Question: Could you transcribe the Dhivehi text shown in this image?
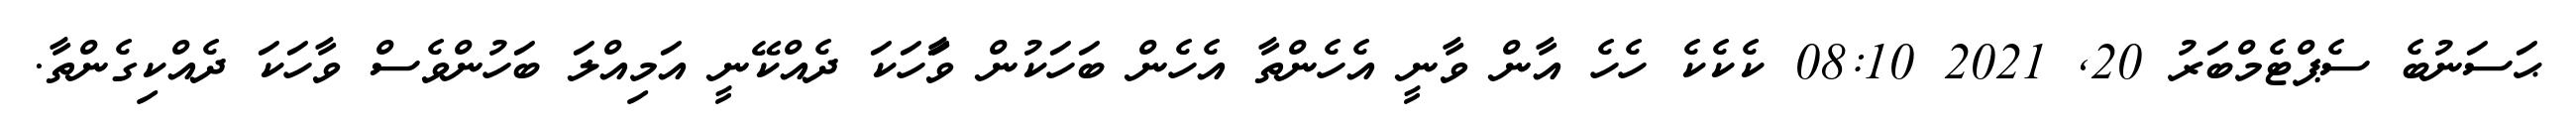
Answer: ޙަސަނުބެ ސެޕްޓެމްބަރު 20, 2021 08:10 ކެކެކެ ހެހެ އާން ވާނީ އެހެންތާ އެހެން ބަހަކުން ވަާހަކަ ދެއްކޭނީ އަމިއްލަ ބަހުންވެސް ވާހަކަ ދެއްކިގެންތާ.